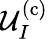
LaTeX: \mathcal{U}_{I}^{\mathrm{(c)}}